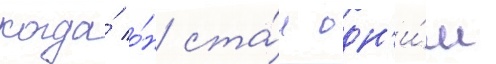
когда́ о́н ста́л одн'и́м